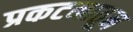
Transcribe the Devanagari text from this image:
प्रकटनातून